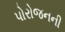
પોરોજનની